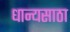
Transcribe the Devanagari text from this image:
धान्यसाठा